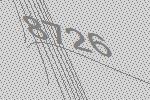
8726